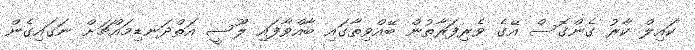
ކައިލް ކާރު ގެންގޮސް އޭގެ ވެރިފަރާތުން ބޭއްވިތާގައި ބާއްވާފައި ލޫސީ އަތްދަނޑިމައްޗަށް ނަގައިގެން